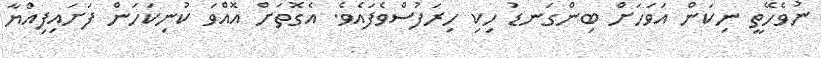
ނުވެހޭތީ ނިކަން އަވަހަށް ބިންގަނޑު ހިކި ހިރަފުސްވެފައެވެ. އެގޮތަށް އޮއްވަ ކުނިކަހަން ފަށައިފިއްޔާ